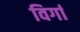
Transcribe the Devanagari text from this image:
विर्गा